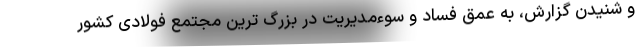
و شنیدن گزارش، به عمق فساد و سوءمدیریت در بزرگ ترین مجتمع فولادی کشور